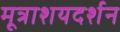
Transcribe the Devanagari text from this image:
मूत्राशयदर्शन